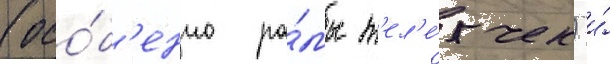
(осо́б'енно ра́мы т'ел'е́жек) и́